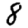
Digit: 8